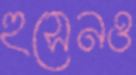
হুসেনও